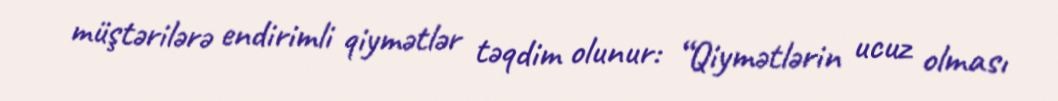
müştərilərə endirimli qiymətlər təqdim olunur: “Qiymətlərin ucuz olması